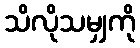
သိလိုသမျှကို